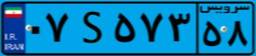
۰۷S۵۷۳۵۸